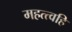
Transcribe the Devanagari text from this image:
महत्त्वहि